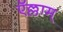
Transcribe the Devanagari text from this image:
ऍल्लाम्‌